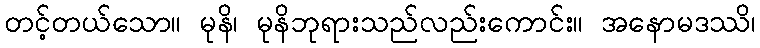
တင့်တယ်သော။ မုနိ၊ မုနိဘုရားသည်လည်းကောင်း။ အနောမဒဿိ၊